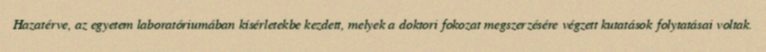
Hazatérve, az egyetem laboratóriumában kísérletekbe kezdett, melyek a doktori fokozat megszerzésére végzett kutatások folytatásai voltak.